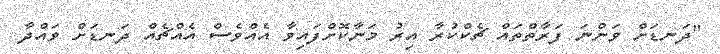
"ދަނޑަށް ވަންނަ ފަރާތްތައް ޗެކްކުރާ އިރު މަނާކޮށްފައިވާ އެއްވެސް އެއްޗެއް ދަނޑަށް ވައްދާ